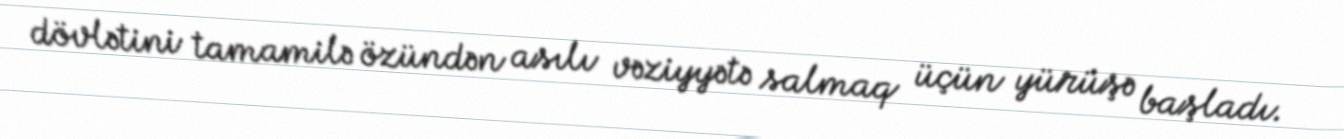
dövlətini tamamilə özündən asılı vəziyyətə salmaq üçün yürüşə başladı.